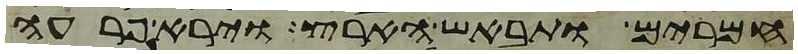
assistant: חמרים ותבאש הארץ וירא פרעה